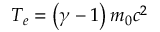
T _ { e } = \left( \gamma - 1 \right) m _ { 0 } c ^ { 2 }